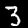
Digit: 3